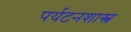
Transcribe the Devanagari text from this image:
पर्यटनशास्त्र